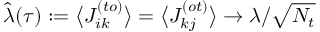
\hat { \lambda } ( \tau ) : = \big \langle J _ { i k } ^ { ( t o ) } \big \rangle = \big \langle J _ { k j } ^ { ( o t ) } \big \rangle \rightarrow \lambda / \sqrt { N _ { t } }